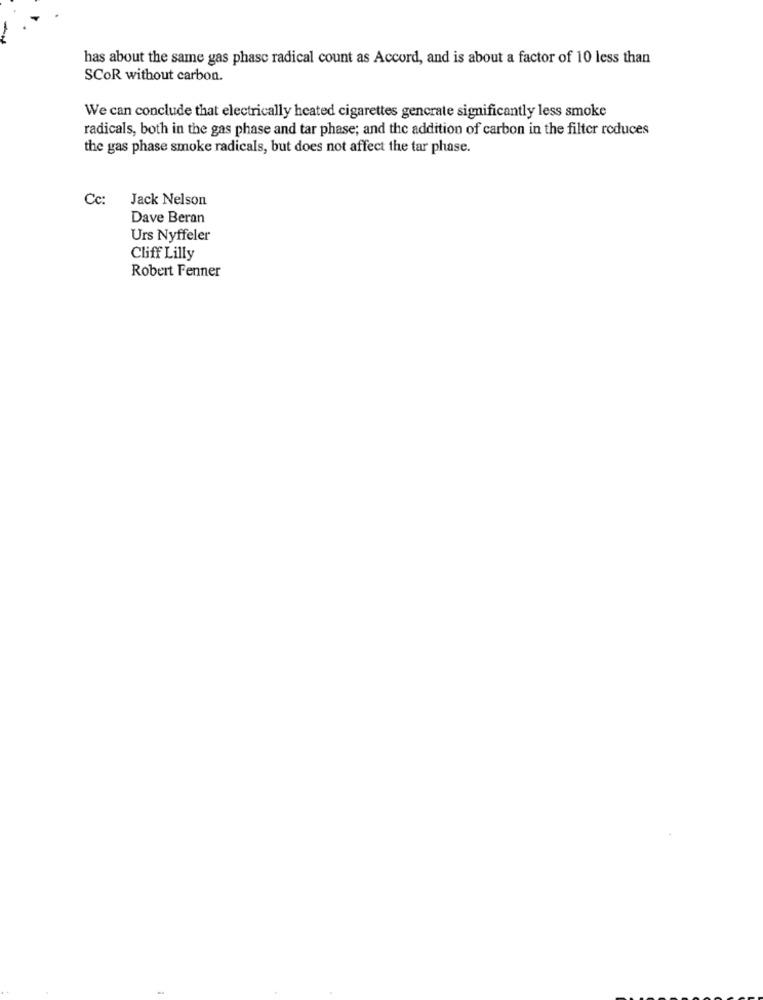
has about the same gas phase radical count as Accord, and is about a factor of 10 less than
SCOR without carbon.
We can conclude that electrically heated cigarettes gencrate significantly less smoke
radicals, both in the gas phase and tar phase; and the addition of carbon in the filter reduces
the gas phase smoke radicals, but does not affect the tar phase.
Cc:
Jack Nelson
Dave Beran
Urs Nyffeler
Cliff Lilly
Robert Fenner